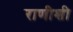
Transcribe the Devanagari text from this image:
राणीशी